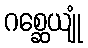
ဂစ္ဆေယျုံ